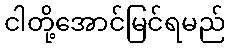
ငါတို့အောင်မြင်ရမည်